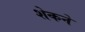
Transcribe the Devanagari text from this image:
शेकने